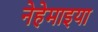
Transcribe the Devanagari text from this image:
नेहेमाइया